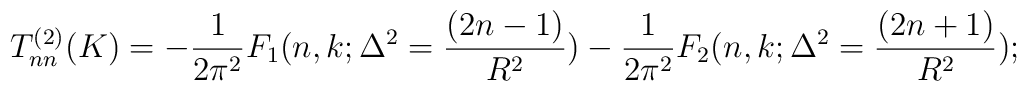
T_{nn}^{(2)}(K)=-\frac{1}{2\pi^2}F_1(n,k;\Delta^2=\frac{(2n-1)}{R^2})-\frac{1}{2\pi^2}F_2(n,k;\Delta^2=\frac{(2n+1)}{R^2});